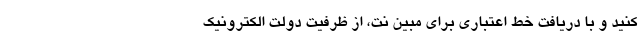
کنید و با دریافت خط اعتباری برای مبین نت، از ظرفیت دولت الکترونیک